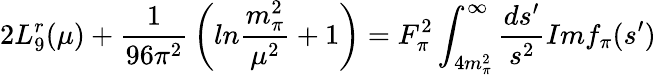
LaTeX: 2L_{9}^{r}(\mu)+{\frac{1}{96\pi^{2}}}\left(ln{\frac{m_{\pi}^{2}}{\mu^{2}}}+1\right)=F_{\pi}^{2}\int_{4m_{\pi}^{2}}^{\infty}{\frac{ds^{\prime}}{s^{2}}}Imf_{\pi}(s^{\prime})